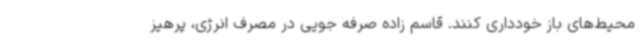
محیط‌های باز خودداری کنند. قاسم زاده صرفه جویی در مصرف انرژی، پرهیز